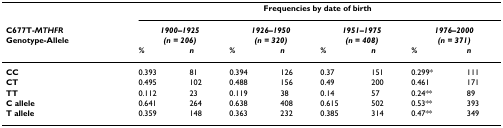
<table><thead><tr><td></td><td colspan="8"><b>Frequencies by date of birth</b></td></tr><tr><td><b>C677T-<i>MTHFR</i>Genotype-Allele</b></td><td colspan="2"><b><i>1900–1925</i><i>(n = 206)</i></b></td><td colspan="2"><b><i>1926–1950</i><i>(n = 320)</i></b></td><td colspan="2"><b><i>1951–1975</i><i>(n = 408)</i></b></td><td colspan="2"><b><i>1976–2000</i><i>(n = 371)</i></b></td></tr><tr><td></td><td><b><i>%</i></b></td><td><b><i>n</i></b></td><td><b><i>%</i></b></td><td><b><i>n</i></b></td><td><b><i>%</i></b></td><td><b><i>n</i></b></td><td><b><i>%</i></b></td><td><b><i>n</i></b></td></tr></thead><tbody><tr><td><b>CC</b></td><td>0.393</td><td>81</td><td>0.394</td><td>126</td><td>0.37</td><td>151</td><td>0.299*</td><td>111</td></tr><tr><td><b>CT</b></td><td>0.495</td><td>102</td><td>0.488</td><td>156</td><td>0.49</td><td>200</td><td>0.461</td><td>171</td></tr><tr><td><b>TT</b></td><td>0.112</td><td>23</td><td>0.119</td><td>38</td><td>0.14</td><td>57</td><td>0.24**</td><td>89</td></tr><tr><td><b>C allele</b></td><td>0.641</td><td>264</td><td>0.638</td><td>408</td><td>0.615</td><td>502</td><td>0.53**</td><td>393</td></tr><tr><td><b>T allele</b></td><td>0.359</td><td>148</td><td>0.363</td><td>232</td><td>0.385</td><td>314</td><td>0.47**</td><td>349</td></tr></tbody></table>